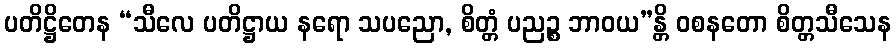
ပတိဋ္ဌိတေန “သီလေ ပတိဋ္ဌာယ နရော သပညော, စိတ္တံ ပညဉ္စ ဘာဝယ”န္တိ ဝစနတော စိတ္တသီသေန